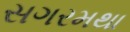
સગરમથા